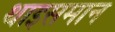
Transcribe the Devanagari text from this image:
थाइसमान